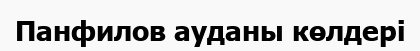
Панфилов ауданы көлдері